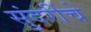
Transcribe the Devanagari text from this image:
सुंदरींचे